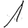
Digit: 1